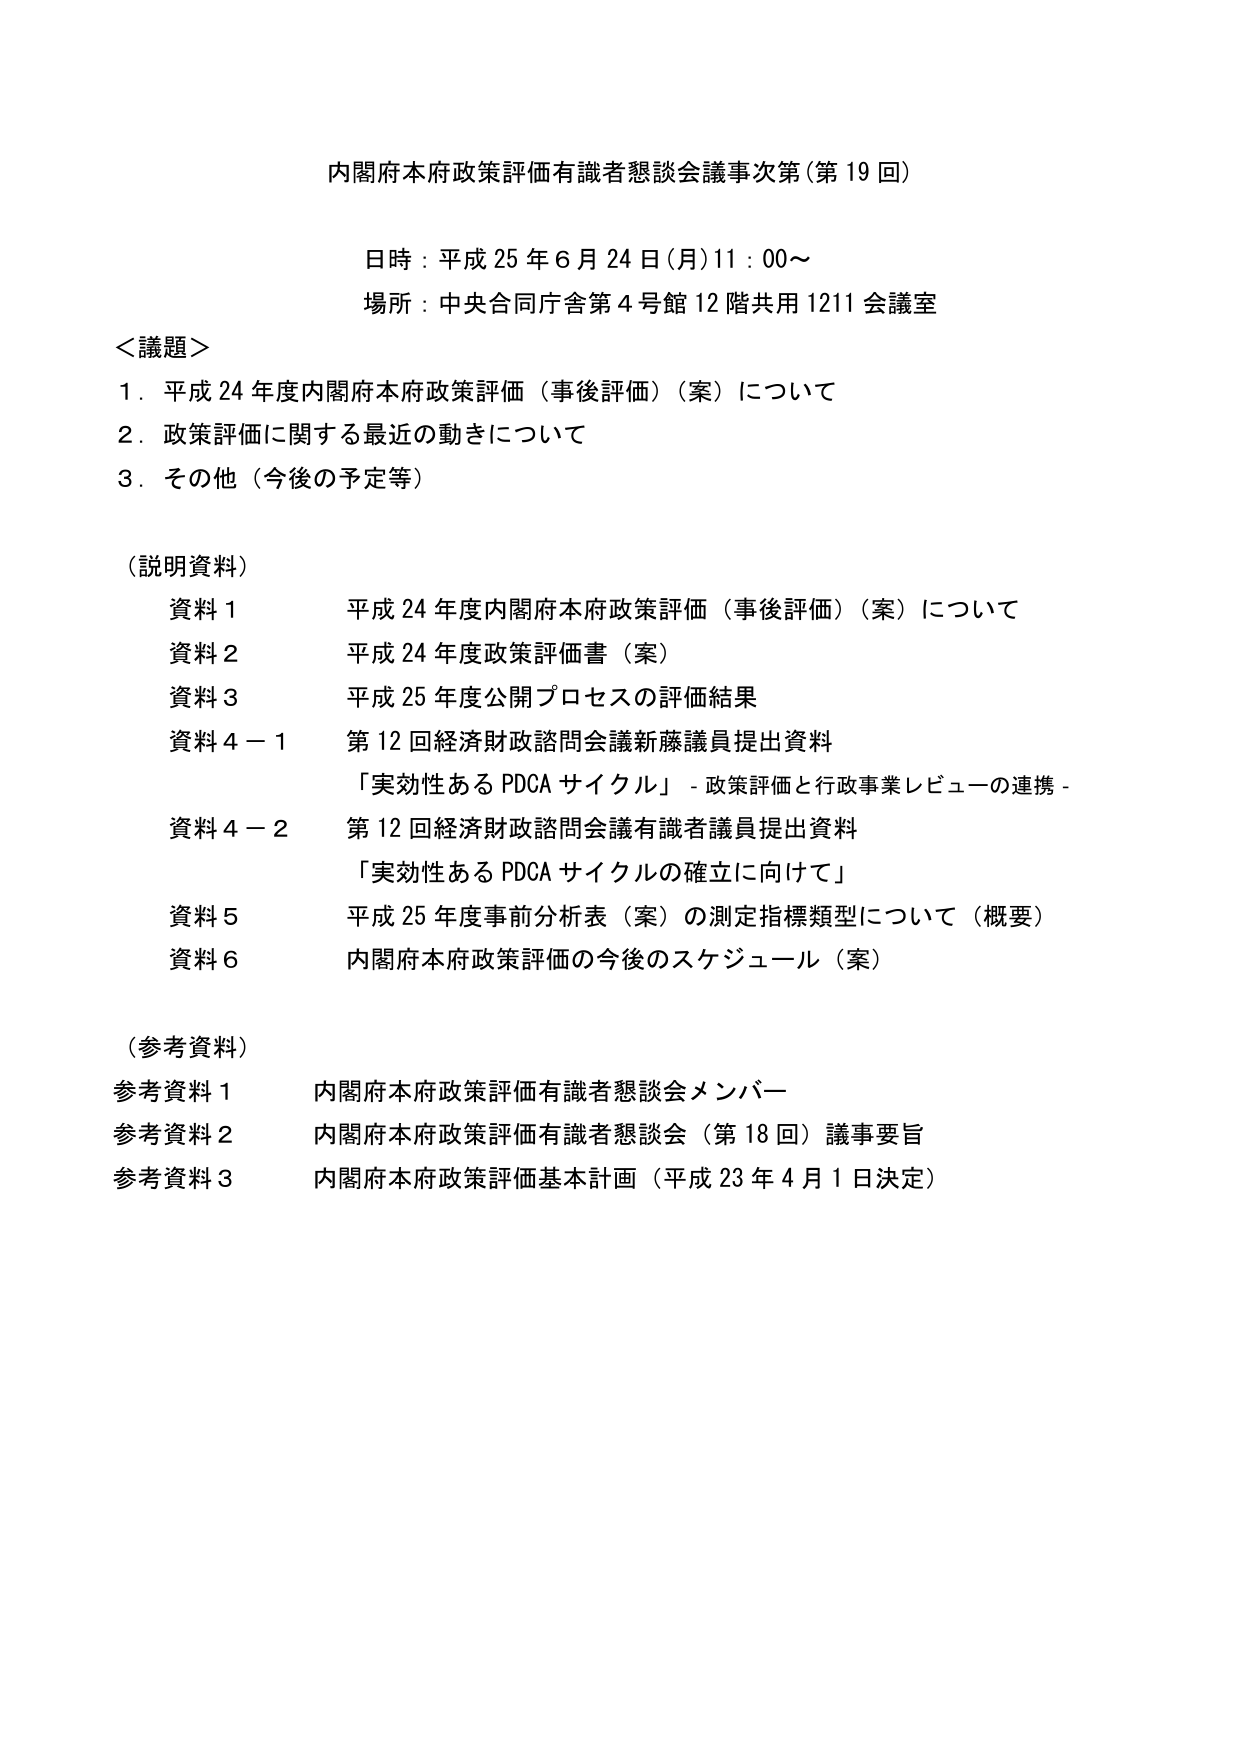
内閣府本府政策評価有識者懇談会議事次第（第19回）

日時：平成25年6月24日（月）11：00～

場所：中央合同庁舎第4号館12階共用1211会議室

＜議題＞
1．平成24年度内閣府本府政策評価（事後評価）（案）について
2．政策評価に関する最近の動きについて
3．その他（今後の予定等）

（説明資料）
資料1　平成24年度内閣府本府政策評価（事後評価）（案）について
資料2　平成24年度政策評価書（案）
資料3　平成25年度公開プロセスの評価結果
資料4－1　第12回経済財政諮問会議新藤議員提出資料
　　　　「実効性あるPDCAサイクル」－政策評価と行政事業レビューの連携－
資料4－2　第12回経済財政諮問会議有識者議員提出資料
　　　　「実効性あるPDCAサイクルの確立に向けて」
資料5　平成25年度事前分析表（案）の測定指標類型について（概要）
資料6　内閣府本府政策評価の今後のスケジュール（案）

（参考資料）
参考資料1　内閣府本府政策評価有識者懇談会メンバー
参考資料2　内閣府本府政策評価有識者懇談会（第18回）議事要旨
参考資料3　内閣府本府政策評価基本計画（平成23年4月1日決定）